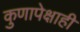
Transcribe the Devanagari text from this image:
कुणापेक्षाही